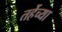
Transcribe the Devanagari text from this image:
तर्हेच्या